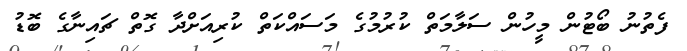
ފެތުނު ބޯޓުން މީހުން ސަލާމަތް ކުރުމުގެ މަސައްކަތް ކުރިއަށްދާ ގޮތް ޗައިނާގެ ބޮޑު